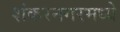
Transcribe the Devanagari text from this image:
शंकरनगरमध्ये